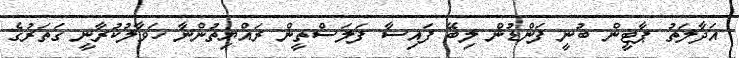
އަދާލަތު ޕާޓީން ބުނީ ފަންޑުން ލިބޭ ފައިސާ ފަލަސްތީން ރައްޔިތުންނާ ހަވާލުކުރާނީ ގަތަރުގެ